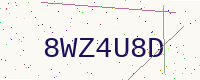
Text: 8WZ4U8D